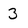
Character: 3